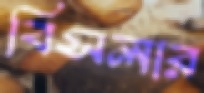
বিসলার